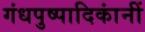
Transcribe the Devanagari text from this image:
गंधपुष्पादिकांनीं